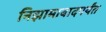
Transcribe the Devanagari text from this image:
निझामाबादपर्यंत